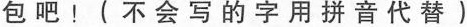
包吧！(不会写的字用拼音代替)